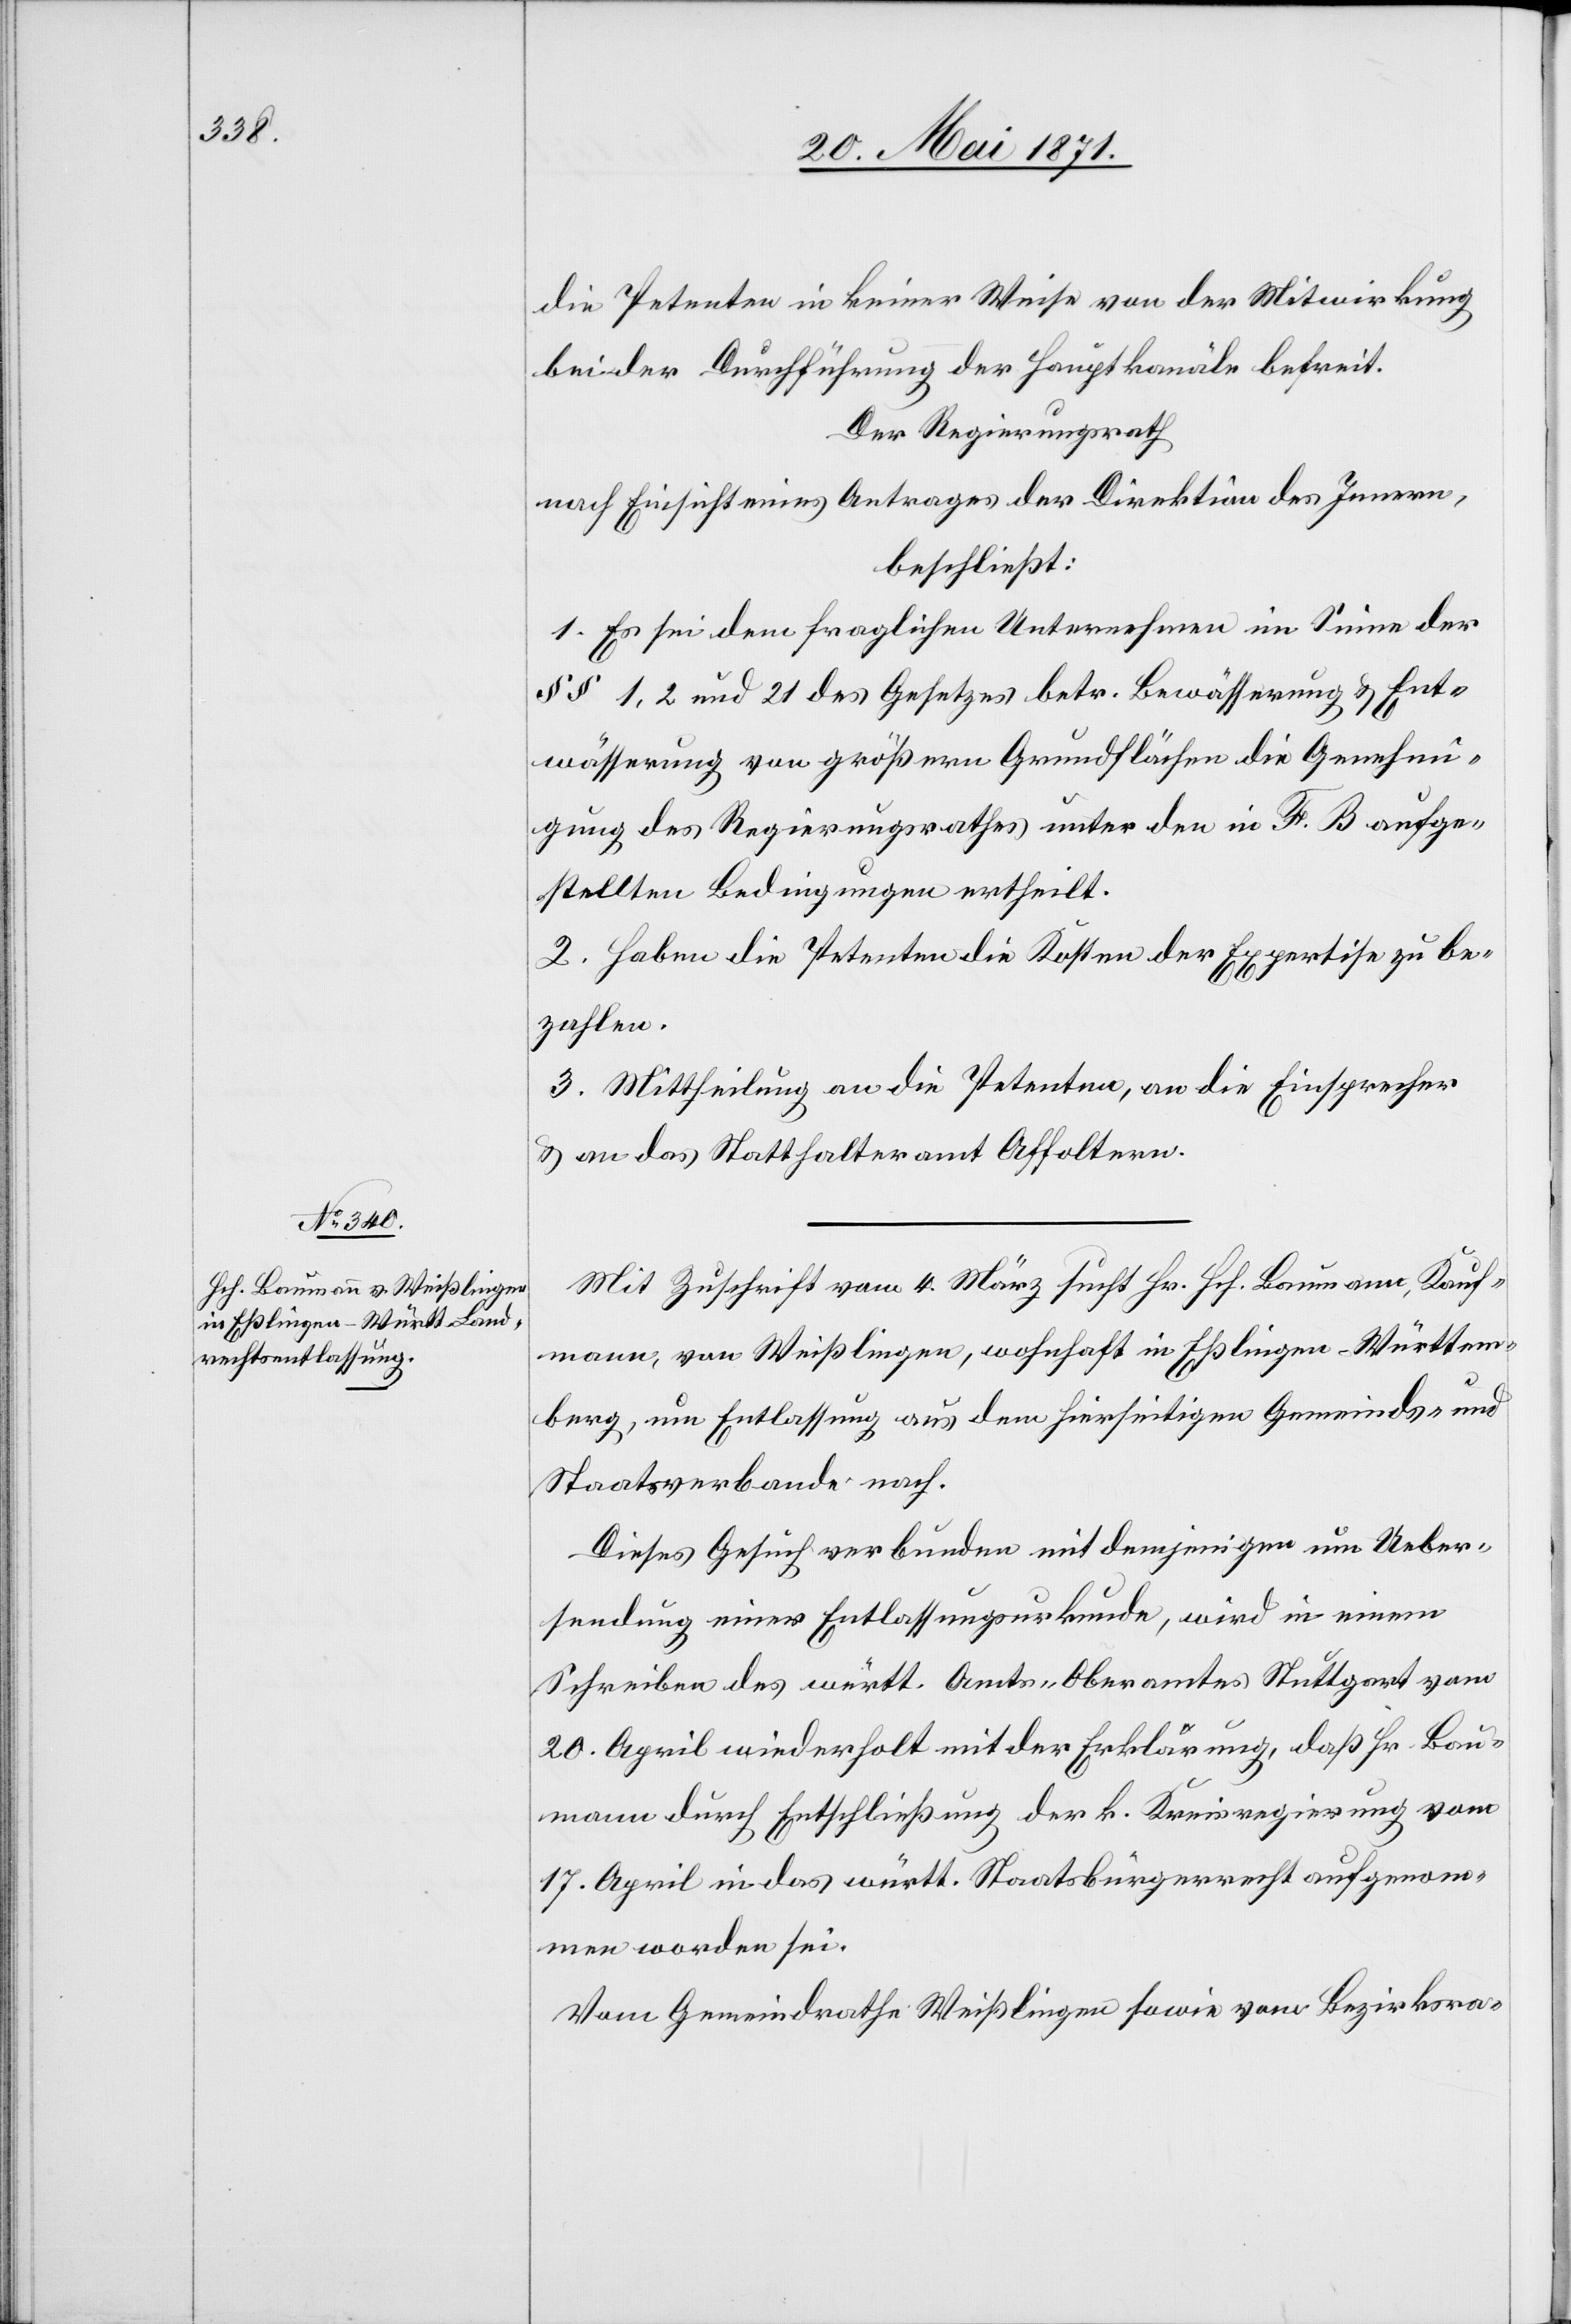
die Petenten in keiner Weise von der Mitwirkung
bei der Durchführung der Hauptkanäle befreit.
Der Regierungsrath
nach Einsicht eines Antrages der Direktion des Innern,
beschließt:
1. Es sei dem fraglichen Unternehmen im Sinne der
§§ 1, 2 und 21 des Gesetzes betr. Bewässerung u. Ent¬
wässerung von größern Grundflächen die Genehmi¬
gung des Regierungsrathes unter den in F. B. aufge¬
stellten Bedingungen ertheilt.
2. Haben die Petenten die Kosten der Expertise zu be¬
zahlen.
3. Mittheilung an die Petenten, an die Einsprecher
u. an das Statthalteramt Affoltern.
Mit Zuschrift vom 4. März sucht Hr. Hch. Baumann, Kauf¬
mann, von Weißlingen, wohnhaft in Eßlingen-Württem¬
berg, um Entlassung aus dem hierseitigen Gemeinds- und
Staatsverbande nach.
Dieses Gesuch verbunden mit demjenigen um Ueber¬
sendung einer Entlassungsurkunde, wird in einem
Schreiben des württ. Amts-Oberamtes Stuttgart vom
20. April wiederholt mit der Erklärung, daß Hr. Bau¬
mann durch Entschließung der k. Kreisregierung vom
17. April in das württ. Staatbürgerrecht aufgenom¬
men worden sei.
Vom Gemeindrathe Weißlingen sowie vom Bezirksra-